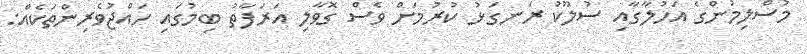
މުސްލިމުންގެ އަހުލާގާއި ސުލޫކު ރަނގަޅު ކުރުމަށް ވެސް ގޮވާލި އަރަފާތު ބިމުގައި ހައްޖުވެރިންތަކެއް: